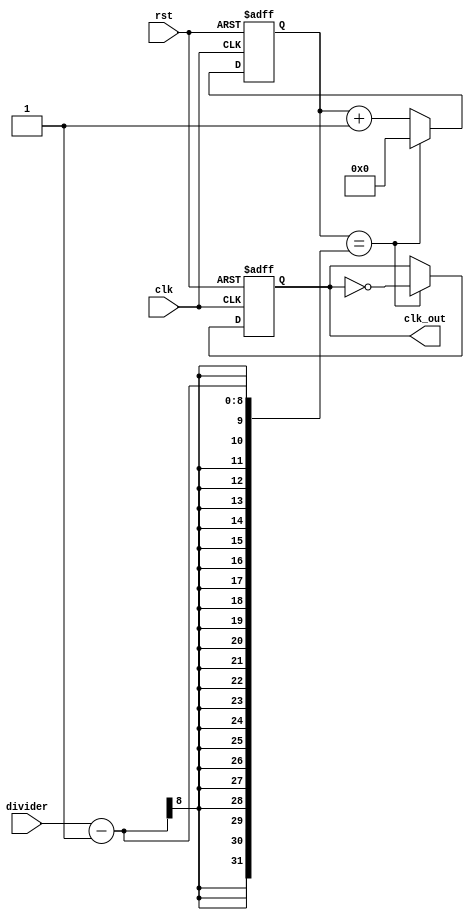
module ClockDivider (
  input clk,
  input rst,
  input [7:0] divider,
  output reg clk_out
);

reg [7:0] cnt;

always @ (posedge clk or posedge rst) begin
  if (rst) begin
    cnt <= 0;
    clk_out <= 0;
  end else begin
    if (cnt == divider - 1) begin
      cnt <= 0;
      clk_out <= ~clk_out;
    end else begin
      cnt <= cnt + 1;
    end
  end
end

endmodule